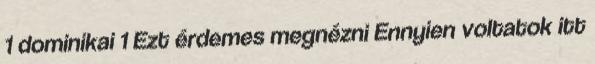
1 dominikai 1 Ezt érdemes megnézni Ennyien voltatok itt